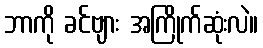
ဘာကို ခင်ဗျား အကြိုက်ဆုံးလဲ။